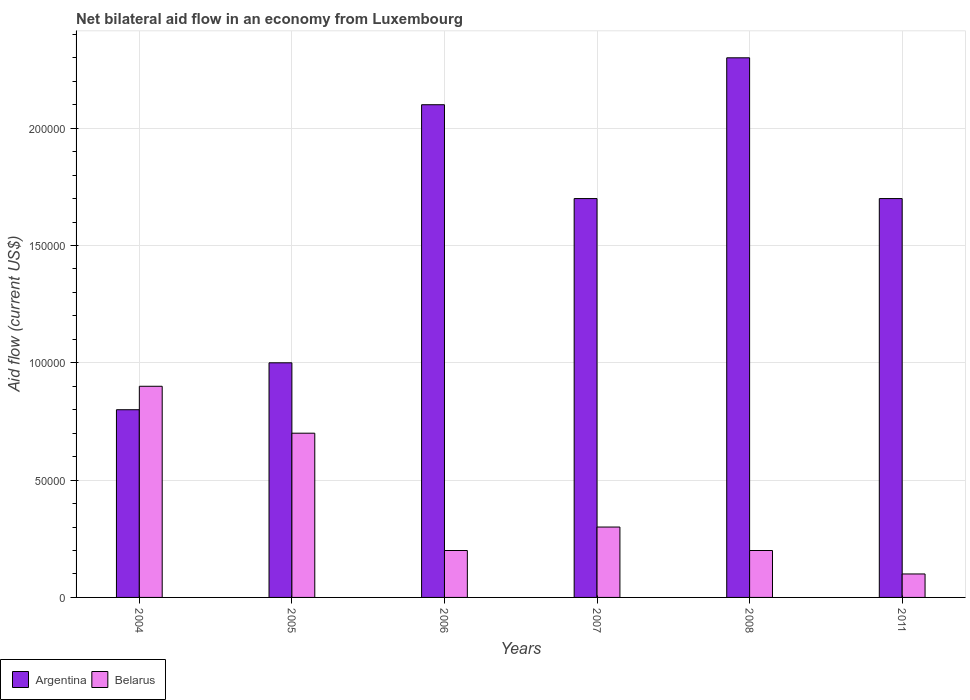
| Years | Argentina | Belarus |
 | --- | --- | --- |
 | 2004 | 8e+04 | 9e+04 |
 | 2005 | 1e+05 | 7e+04 |
 | 2006 | 2.1e+05 | 2e+04 |
 | 2007 | 1.7e+05 | 3e+04 |
 | 2008 | 2.3e+05 | 2e+04 |
 | 2011 | 1.7e+05 | 1e+04 |